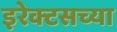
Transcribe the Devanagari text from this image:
इरेक्टसच्या